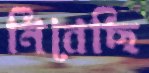
নিবেছি